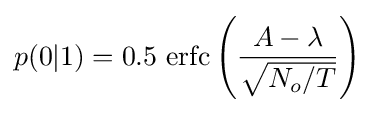
p(0|1)=0.5\,\operatorname {erfc} \left({\frac {A-\lambda }{\sqrt {N_{o}/T}}}\right)